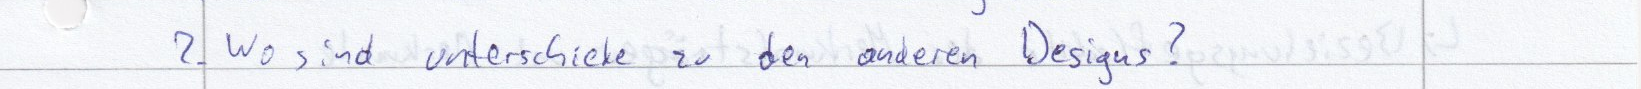
2. Wo sind unterschiede zu den anderen Designs?